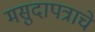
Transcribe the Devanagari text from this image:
मसुदापत्राचे